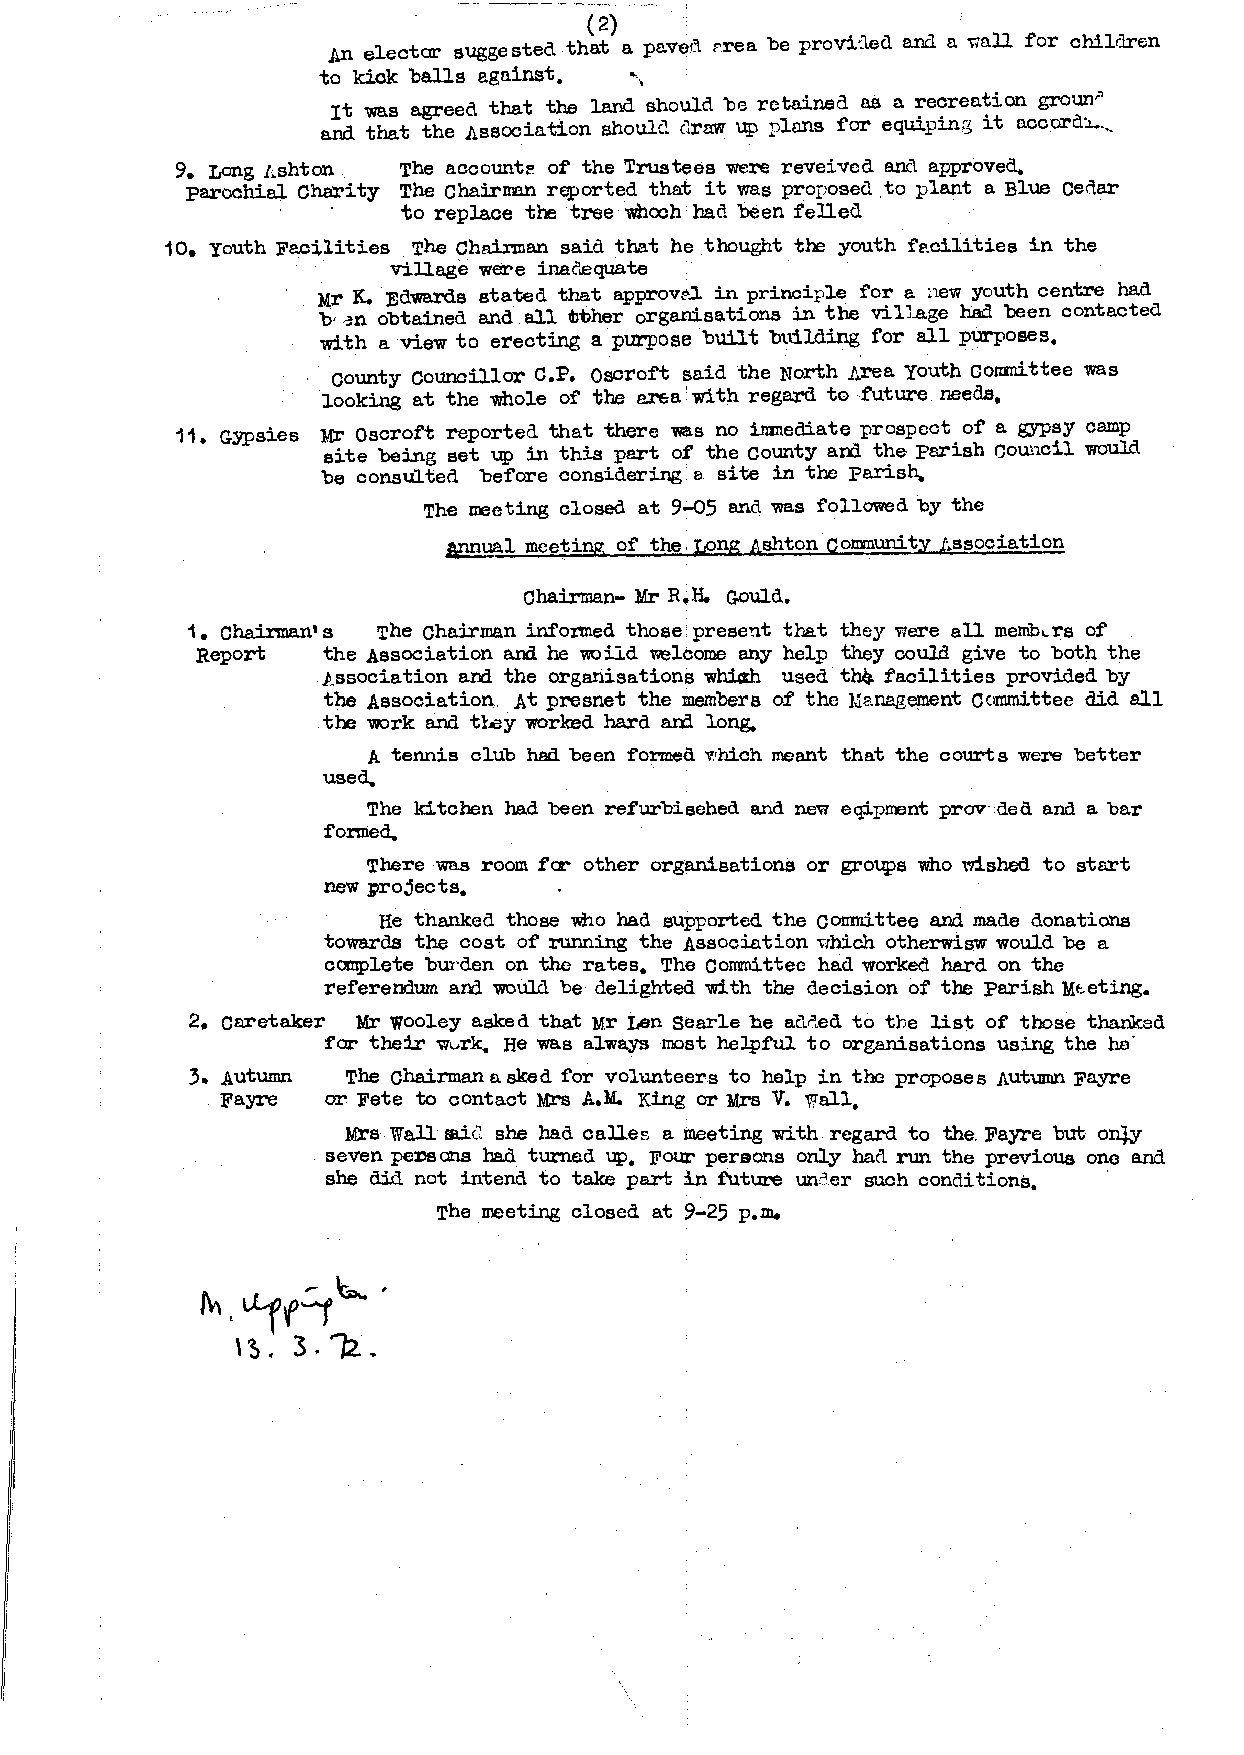
(2)
 An elector suggested that a paver:\. ::-rea be provi:lecl and a '11all for children
 to kiok balls e.gninst. ---,
 It was agreed that the land should be retained as a 7e~rea~ion gro~,,
 and that the Association shoulc:. c1raw up IJlans for equiping it o.ccora.i.. .._
 9. tong J"shton The accounte of the Trustees were reveived anc1 approved.
 parochie.l Chm'ity The Chairnan reported that it was proposecl _to plant a Blue cea.ar
 ·    to replace the tree whooh had been felled
 10. youth Facilities The Chairman said that he thought the youth fe.cilities in the
 village were inac'.equate
 Mr K. Edwards stated that approv:c-.J. in principle for e. new youth centre had
 b, ,3n obtained and all t'bher organisations in the village had been contacted
 with a view to erecting a purpose built building for all purposes.
 county councillor c ..P . oscroft said the North Area youth conmittee was
 looking at the whole of the a.l"f;a with regard to future. needs.
 11. GY.Psies Mr Qscroft reported that there was no inmeaiate prospect of a gypsy camp
 site being set up in this part of the county am the parish council would
 be consulted before considering a site in the parish.,
 The rreeting closed at 9-05 and was followed by the
 a,nnual mce~ing of the Long Ashton community J:.ssociation
 Chairman- Mr R.H. Gould.
 1. Chairman's The Chairman infonned those present that they were all menit>Lrs of
 Report  the Association and he \'\Uild welcome any help they could give to both the
 Association and the organisations whicxh used thlt, facilities provided by
 the Association . .At presnet the members of the Me,nagement Committee did all
 the work and tl,ey worked hard an:l long.
 A tennis club had been formed v.•hich meant that the courts were better
 used.
 The kitchen had been refurbisehed and new eqipment prov- ded and a bar
 formed.
 There was room fer other organisations or groups who wished to start
 new projects.
 He thanked those who had supported the comnittee and made donations
 towards the cost of running the Associntion which otherwisw would be a
 complete bw·den on the rates. The Comni ttec had worked hard on the
 referendum artl would be delighted with the decision of the parish Mt.eting.
 2. caretaker Mr wooley asked that Mr Len Searle be acll",ed to the list of those thankad
 for their wvrk. He wa.s always most helpful to organisations using the ho'
 3. Autumn The Chairman asked for volunteers to help in the proposes Autumn Fayre
 Fayre  or Fete to contact Mrs A.M. King or Mrs V. V;Tall.
 Mrs· Wall fll.irl she had calles a meeting with regard to the. Fayre but oozy
 . seven pex,sans had turned up. Four persons only had run the previous one and
 she did not intend to take part in future un::'ler such conditions.
 The meeting closed at 9-25 p.m.